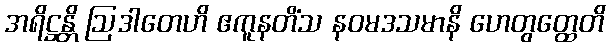
အရိဋ္ဌန္တိ ဩဒါတေဟိ ဧကူနတိံသ နဝမဒသမာနိ ဟေတွတ္ထေတိ